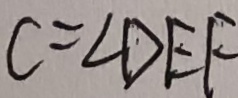
C = \angle D E F